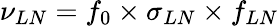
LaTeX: \nu_{LN}=f_{0}\times\sigma_{LN}\times f_{LN}